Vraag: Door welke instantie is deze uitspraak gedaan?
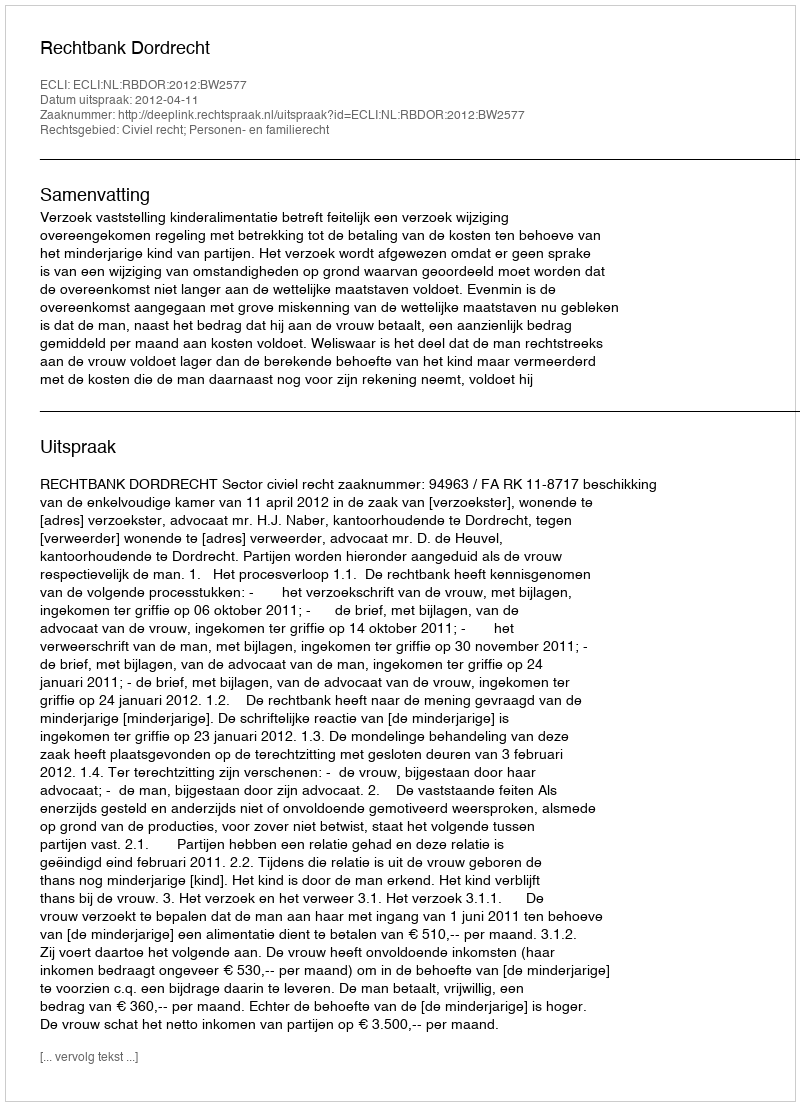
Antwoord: Rechtbank Dordrecht